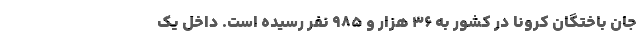
جان باختگان کرونا در کشور به ۳۶ هزار و ۹۸۵ نفر رسیده است. داخل يک